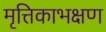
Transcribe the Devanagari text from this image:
मृत्तिकाभक्षण